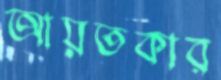
আয়তকার